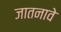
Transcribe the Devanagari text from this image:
जातनावे